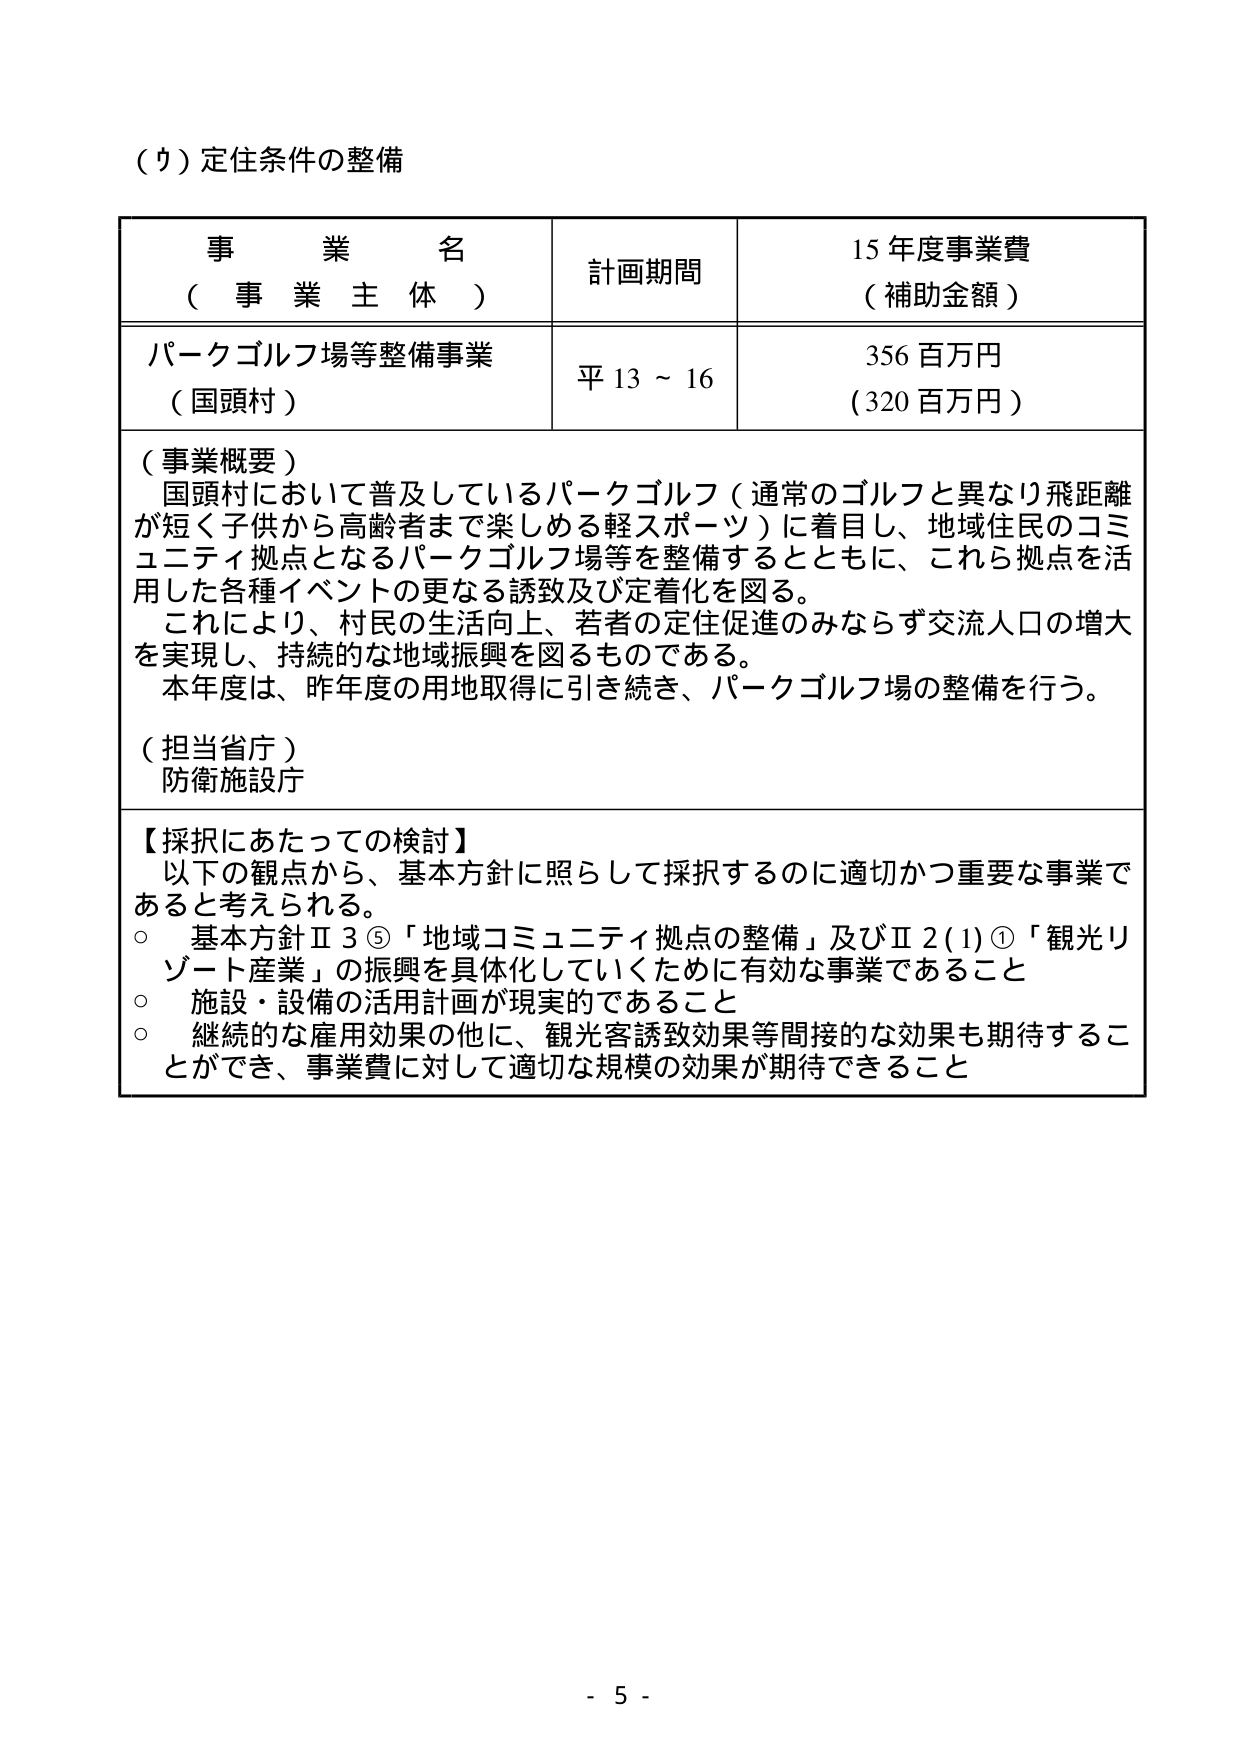
（ウ）定住条件の整備

事 業 名
（ 事 業 主 体 ）

計画期間

15年度事業費
（補助金額）

パークゴルフ場等整備事業
（国頭村）

平13～16

356百万円
（320百万円）

（事業概要）
国頭村において普及しているパークゴルフ（通常のゴルフと異なり飛距離が短く子供から高齢者まで楽しめる軽スポーツ）に着目し、地域住民のコミュニティ拠点となるパークゴルフ場等を整備するとともに、これら拠点を活用した各種イベントの更なる誘致及び定着化を図る。
これにより、村民の生活向上、若者の定住促進のみならず交流人口の増大を実現し、持続的な地域振興を図るものである。
本年度は、昨年度の用地取得に引き続き、パークゴルフ場の整備を行う。

（担当省庁）
防衛施設庁

【採択にあたっての検討】
以下の観点から、基本方針に照らして採択するのに適切かつ重要な事業であると考えられる。
○ 基本方針Ⅱ3⑤「地域コミュニティ拠点の整備」及びⅡ2(1)①「観光リゾート産業」の振興を具体化していくために有効な事業であること
○ 施設・設備の活用計画が現実的であること
○ 継続的な雇用効果の他に、観光客誘致効果等間接的な効果も期待することができ、事業費に対して適切な規模の効果が期待できること

- 5 -